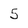
Character: 5